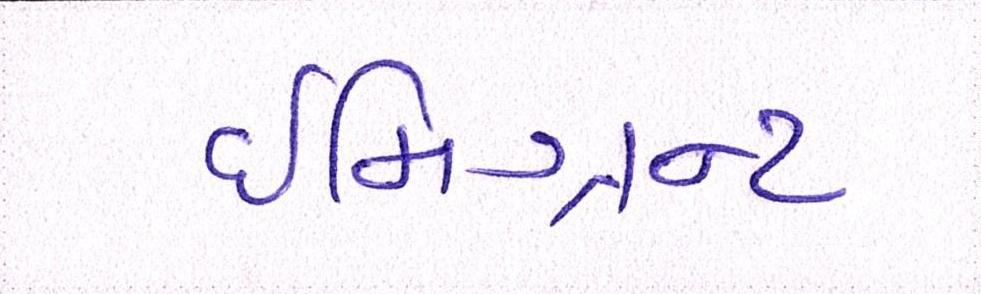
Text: ઈમિગ્રન્ટ